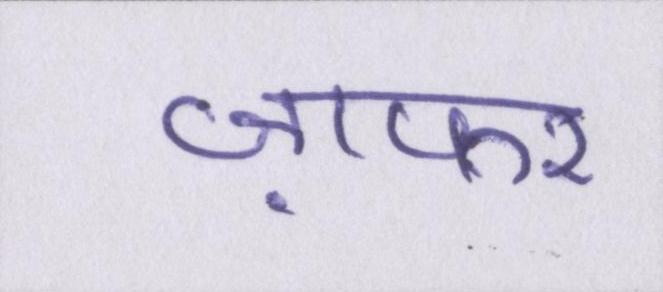
ज़फर